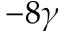
- 8 \gamma